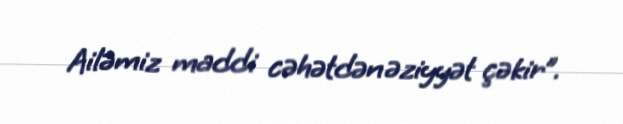
Ailəmiz maddi cəhətdən əziyyət çəkir”.